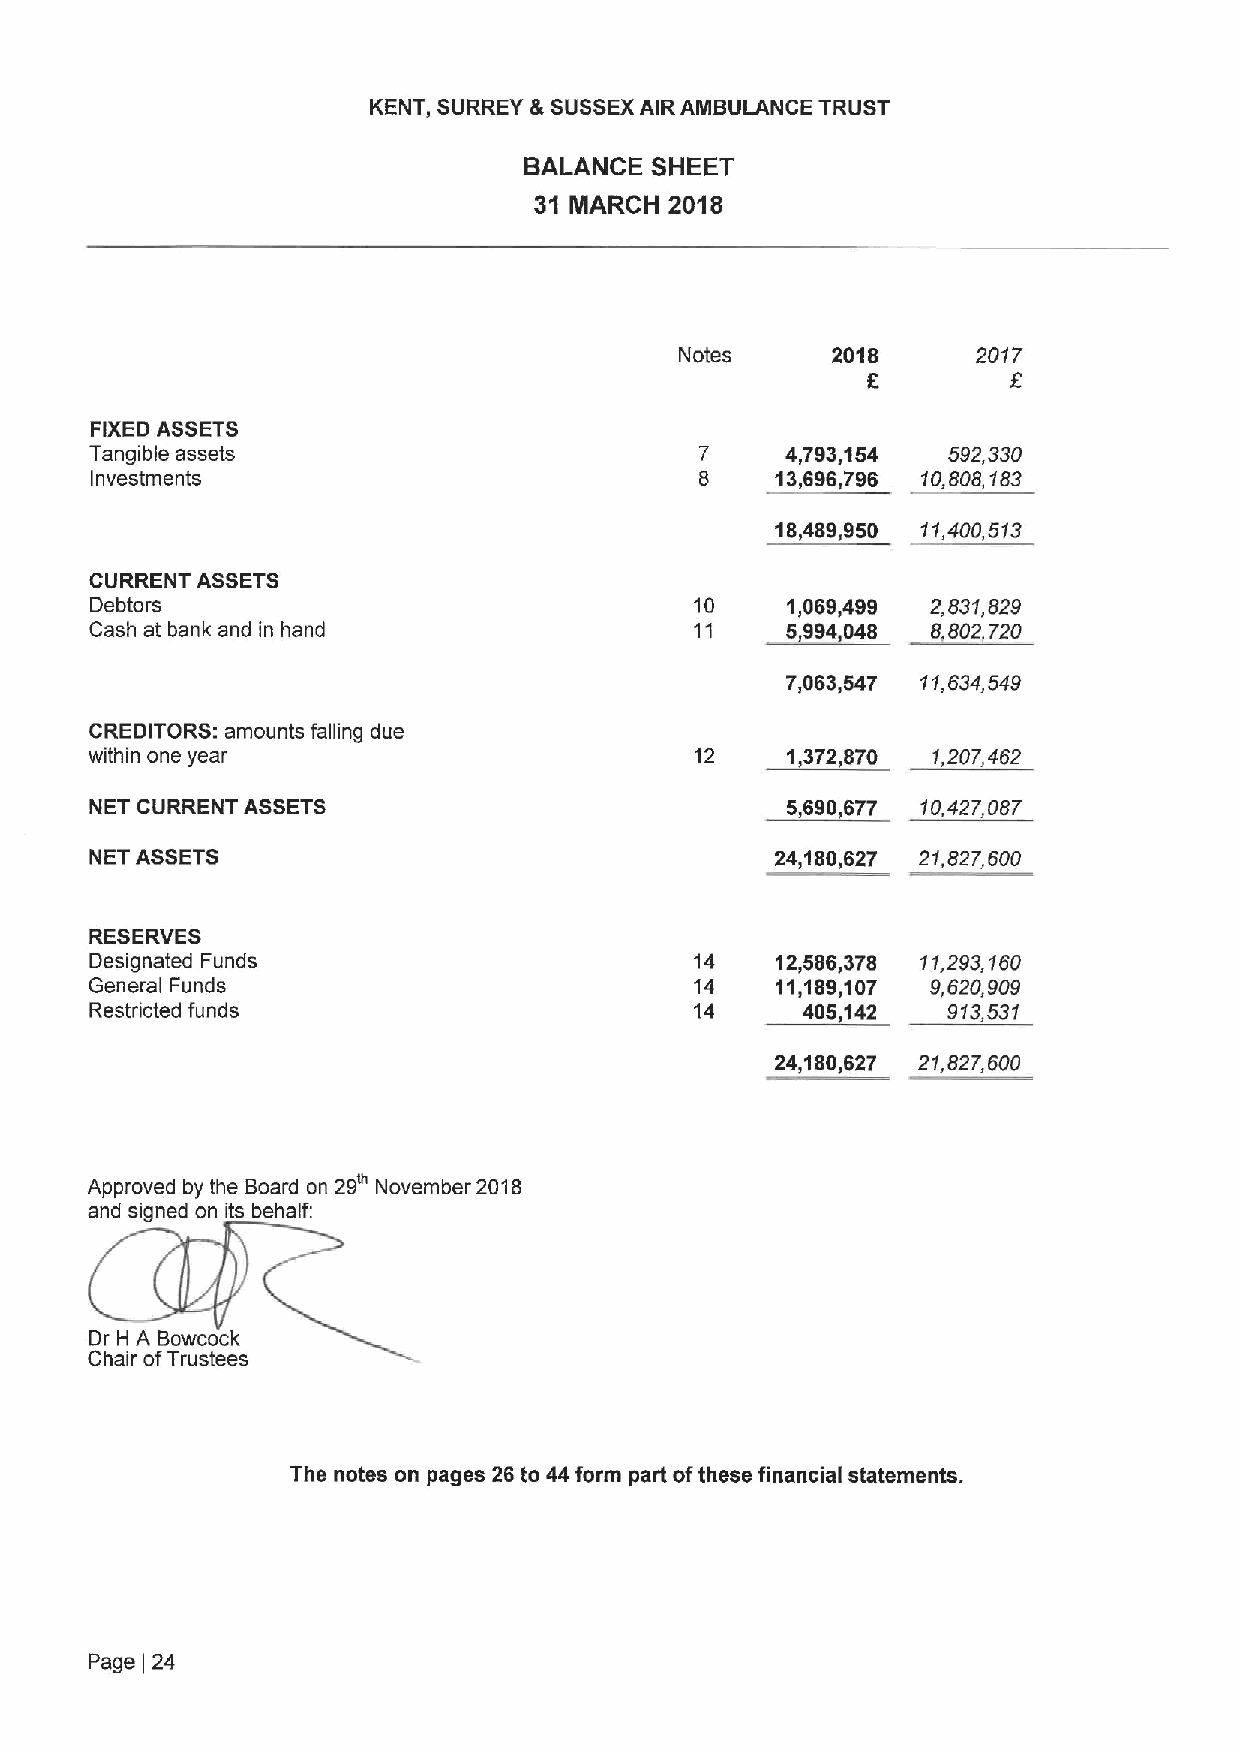
KENT, SURREY &SUSSEXAIR AMBULANCE TRUST
 BALANCE SHEET
 31 MARCH 2018
 Notes     2018      2017
 6
 FIXED ASSETS
 Tangible assets                         7     4,793,154  592,330
 Investments                             8    13,696,796 10,808,183
 18,489,950 11,400,513
 CURRENT ASSETS
 Debtors                                 10    1,069,499 2,831,829
 Cash at bank and in hand                11    5,994,048 8,802,720
 7,063,547 11,634,549
 CREDITORS: amounts falling due
 within one year                         12    1,372,870 1,207,462
 NET CURRENT ASSETS                            5,690,677 10,427,087
 NET ASSETS                                   24,180,627 21,827,600
 RESERVES
 Designated Funds                        14   12,586,378 11,293,160
 General Funds                           14   11,189,107 9,620,909
 Restricted funds                        14     405,142   913,531
 24,180,627 21,827,600
 Approved by the Board on 29 November 2018
 and signed on its behalf:
 Dr H A Bowcock
 Chair ofTrustees
 The notes on pages 26 to 44form part ofthese financial statements.
 Page 24
 I